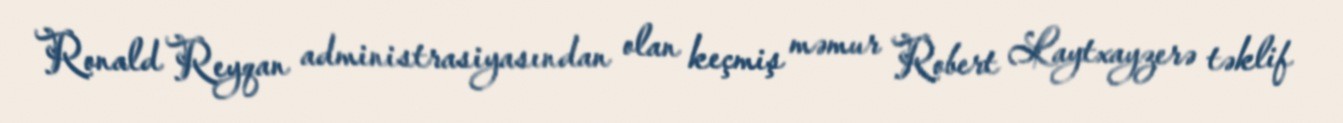
Ronald Reyqan administrasiyasından olan keçmiş məmur Robert Laytxayzerə təklif